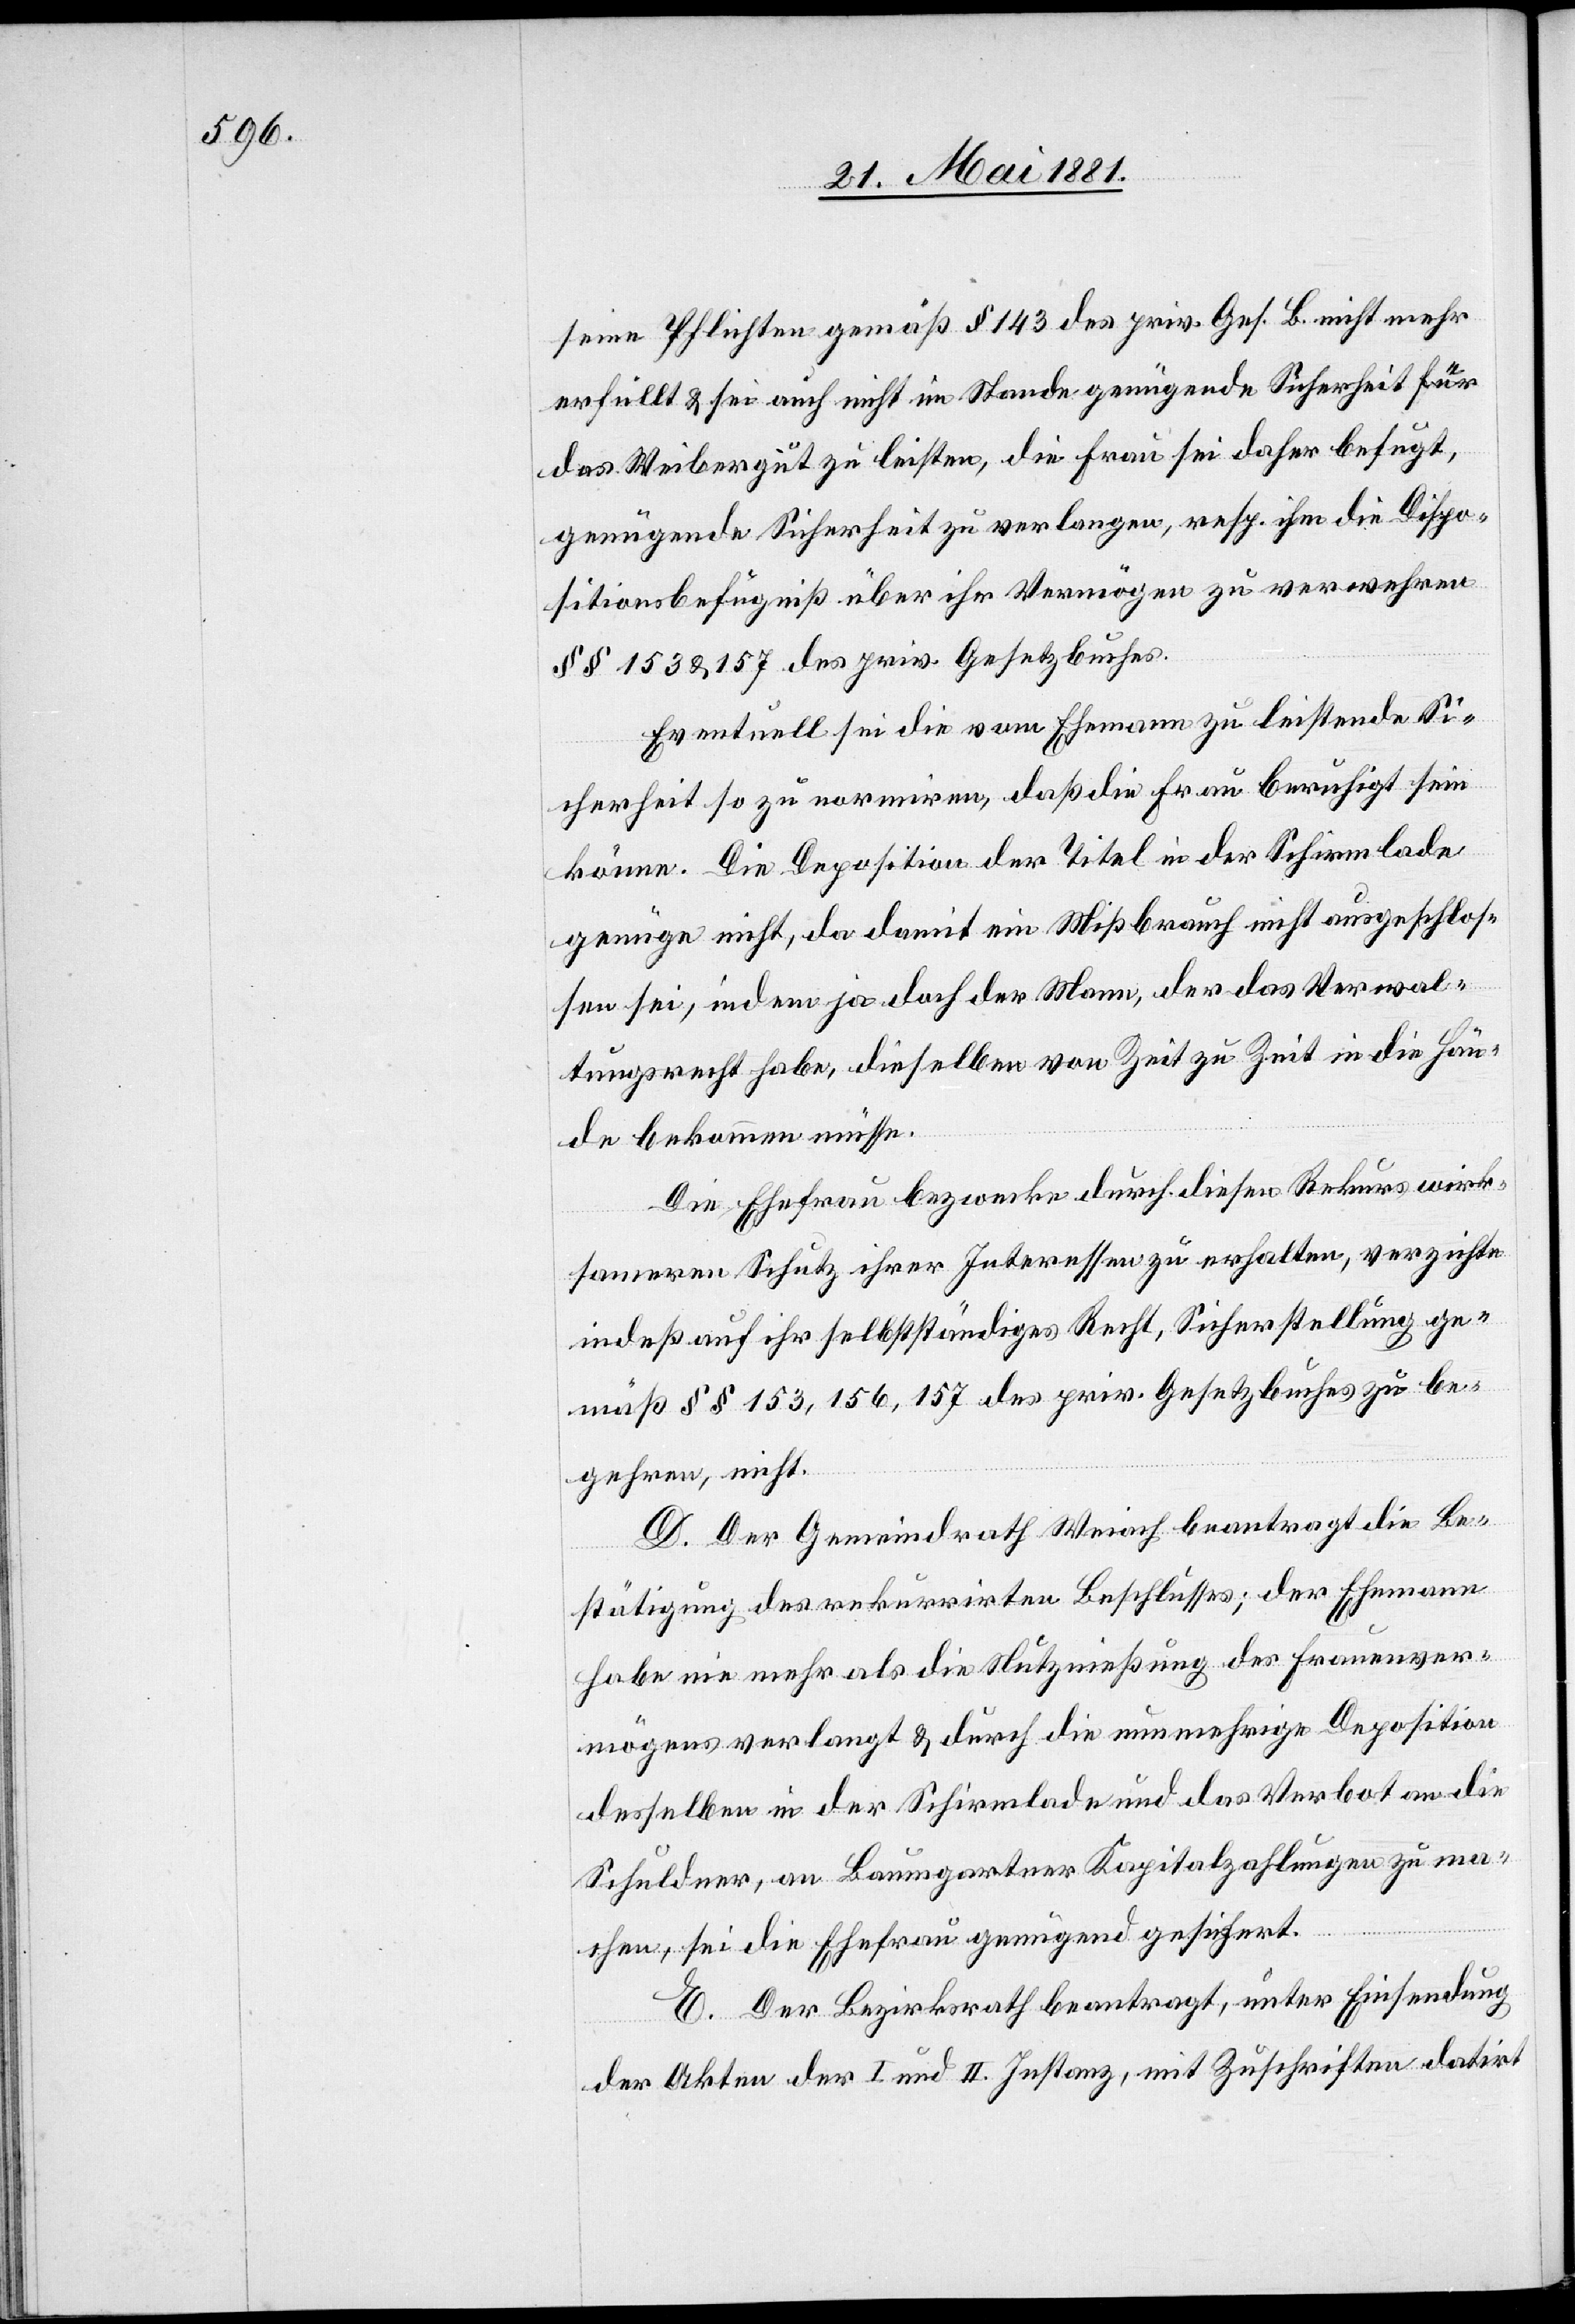
seine Pflichten gemäß § 143 des priv. Ges. B. nicht mehr
erfüllt & sei auch nicht im Stande genügende Sicherheit für
das Weibergut zu leisten, die Frau sei daher befugt,
genügende Sicherheit zu verlangen, resp. ihm die Dispo¬
sitionsbefugniß über ihr Vermögen zu verwehren
§§ 153 & 157 des priv. Gesetzbuches.
Eventuell sei die vom Ehemann zu leistende Si¬
cherheit so zu normiren, daß die Frau beruhigt sein
könne. Die Deposition der Titel in der Schirmlade
genüge nicht, da damit ein Mißbrauch nicht ausgeschlos¬
sen sei, indem ja doch der Mann, der das Verwal¬
tungsrecht habe, dieselbe von Zeit zu Zeit in die Hän¬
de bekommen müsse.
Die Ehefrau bezwecke durch diesen Rekurs wirk¬
sameren Schutz ihrer Interessen zu erhalten, verzichte
indeß auf ihr selbstständiges Recht, Sicherstellung ge¬
mäß §§ 153, 156, 157 des priv. Gesetzbuches zu be¬
gehren, nicht.
D. Der Gemeindrath Weiach beantragt die Be¬
stätigung des rekurrirten Beschlusses; der Ehemann
habe nie mehr als die Nutznießung des Frauenver¬
mögens verlangt & durch die nunmehrige Deposition
desselben in der Schirmlade und das Verbot an die
Schuldner, an Baumgartner Kapitalzahlungen zu ma¬
chen, sei die Ehefrau genügend gesichert.
E. Der Bezirksrath beantragt, unter Einsendung
der Akten der I. und II. Instanz, mit Zuschriften dat.